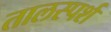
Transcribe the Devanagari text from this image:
तालस्पर्श